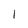
Character: 1